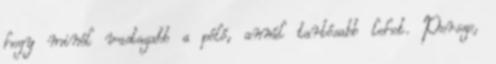
hogy minél vastagabb a póló, annál tartósabb lehet. Persze,